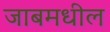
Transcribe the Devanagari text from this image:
जाबमधील